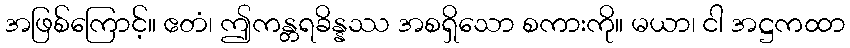
အဖြစ်ကြောင့်။ ဧတံ၊ ဤကန္တရခိန္နဿ အစရှိသော စကားကို။ မယာ၊ ငါ အဋ္ဌကထာ